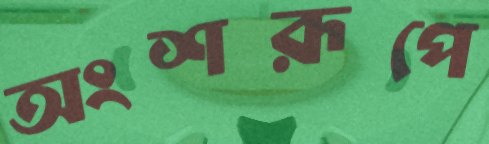
অংশরূপে